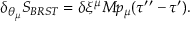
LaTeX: \delta _ { \theta _ { \mu } } { S _ { B R S T } } = \delta \xi ^ { \mu } M p _ { \mu } ( \tau ^ { \prime \prime } - \tau ^ { \prime } ) .